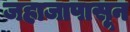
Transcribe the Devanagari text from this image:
जहाजापासून